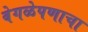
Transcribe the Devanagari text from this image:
वेगळेपणाचा